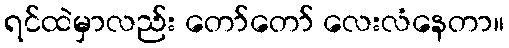
ရင်ထဲမှာလည်း တော်တော် လေးလံနေတာ။